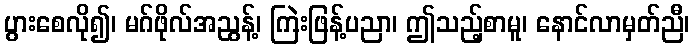
ပွားစေလို၍၊ မဂ်ဖိုလ်အညွန့်၊ ကြဲးဖြန့်ပညာ၊ ဤသည့်စာမူ၊ နောင်လာမှတ်ညီ၊